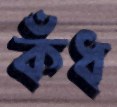
কঁধ